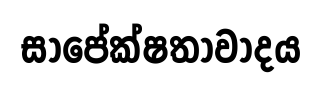
සාපේක්ෂතාවාදය